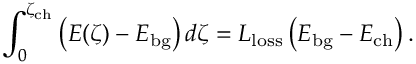
\int _ { 0 } ^ { \zeta _ { \mathrm { c h } } } \big ( E ( \zeta ) - E _ { \mathrm { b g } } \big ) \, d \zeta = L _ { \mathrm { l o s s } } \left( E _ { \mathrm { b g } } - E _ { \mathrm { c h } } \right) .